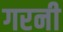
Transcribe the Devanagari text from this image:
गरनी